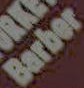
Barber